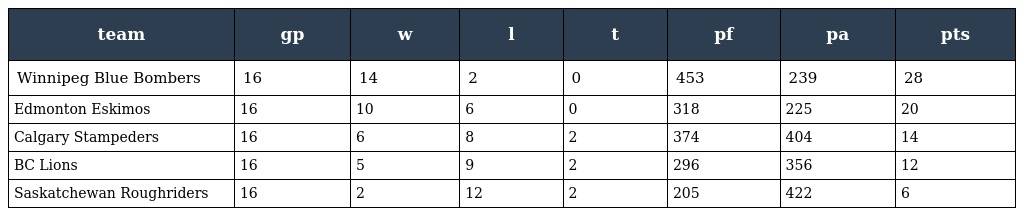
| team | gp | w | l | t | pf | pa | pts |
 | --- | --- | --- | --- | --- | --- | --- | --- |
 | Winnipeg Blue Bombers | 16 | 14 | 2 | 0 | 453 | 239 | 28 |
 | Edmonton Eskimos | 16 | 10 | 6 | 0 | 318 | 225 | 20 |
 | Calgary Stampeders | 16 | 6 | 8 | 2 | 374 | 404 | 14 |
 | BC Lions | 16 | 5 | 9 | 2 | 296 | 356 | 12 |
 | Saskatchewan Roughriders | 16 | 2 | 12 | 2 | 205 | 422 | 6 |